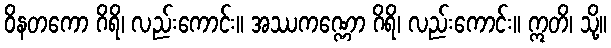
ဝိနတကော ဂိရိ၊ လည်းကောင်း။ အဿကဏ္ဏော ဂိရိ၊ လည်းကောင်း။ ဣတိ၊ သို့။